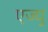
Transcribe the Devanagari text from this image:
एज्यु